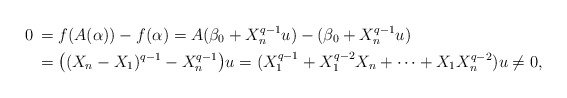
\begin{align*}0\,&=f(A(\alpha))-f(\alpha)=A(\beta_0+X_n^{q-1}u)-(\beta_0+X_n^{q-1}u)\cr&=\bigl((X_n-X_1)^{q-1}-X_n^{q-1}\bigr)u=(X_1^{q-1}+X_1^{q-2}X_n+\cdots+X_1X_n^{q-2})u\ne 0,\end{align*}